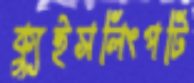
ক্যুইসলিংপটি